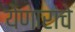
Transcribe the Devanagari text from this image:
येणारांचे